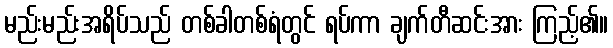
မည်းမည်းအရိပ်သည် တစ်ခါတစ်ရံတွင် ရပ်ကာ ချက်တီဆင်းအား ကြည့်၏။